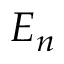
E _ { n }